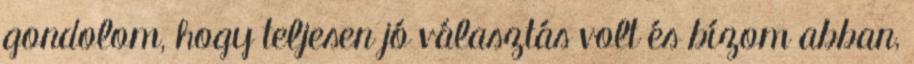
gondolom, hogy teljesen jó választás volt és bízom abban,